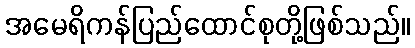
အမေရိကန်ပြည်ထောင်စုတို့ဖြစ်သည်။